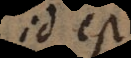
id est